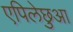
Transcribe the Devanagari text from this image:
एपिलेछुआ